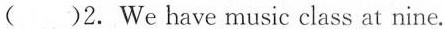
( )2. We have music class at nine.